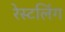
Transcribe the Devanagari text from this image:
रेस्टलिंग